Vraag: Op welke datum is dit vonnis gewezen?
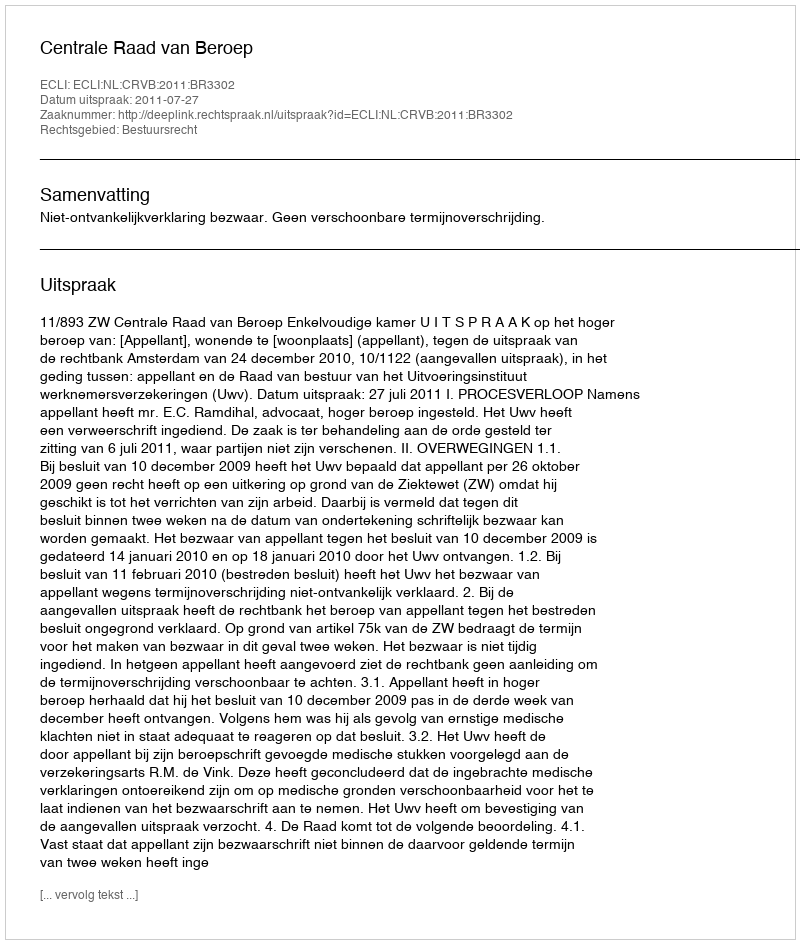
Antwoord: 2011-07-27